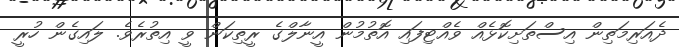
ދެއަރިމަތިން އިސްތަށިކޮޅެއް ވެއްޓިފައި އޮތުމުން އީނާލްގެ ރީތިކަން ވީ އިތުރެވެ. ލައިގެން ހުރީ